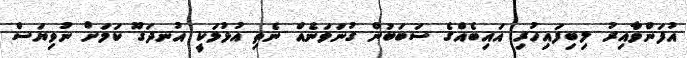
އުފަންވާއިރު ލިބިފައިހުރި އައިބެއްގެ ސަބަބުން ގުނަވަނެއް ނެތި އުޅުމަކީ އުނދަގޫ ކަމަށް ނުވިޔަސް